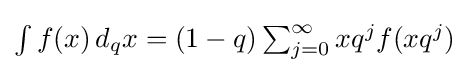
{\textstyle \int f(x)\,d_{q}x=(1-q)\sum _{j=0}^{\infty }xq^{j}f(xq^{j})}